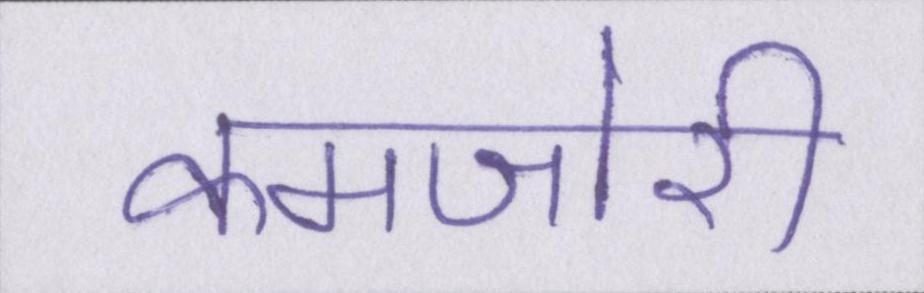
कमजोरी